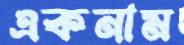
একনাম